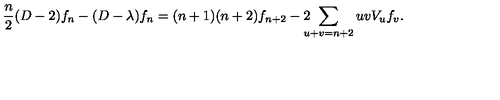
\frac { n } { 2 } ( D - 2 ) f _ { n } - ( D - \lambda ) f _ { n } = ( n + 1 ) ( n + 2 ) f _ { n + 2 } - 2 \! \! \! \! \sum _ { u + v = n + 2 } u v V _ { u } f _ { v } .